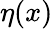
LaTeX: \eta(x)